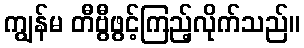
ကျွန်မ တီဗွီဖွင့်ကြည့်လိုက်သည်။